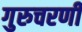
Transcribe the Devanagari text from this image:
गुरुचरणी